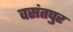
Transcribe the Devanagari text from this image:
वसंतपुर